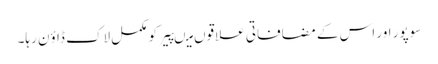
سوپور اور اس کے مضافاتی علاقوں میںپیر کو مکمل لاک ڈاؤن رہا۔